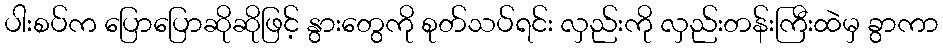
ပါးစပ်က ပြောပြောဆိုဆိုဖြင့် နွားတွေကို စုတ်သပ်ရင်း လှည်းကို လှည်းတန်းကြီးထဲမှ ခွာကာ